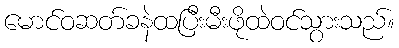
မောင်ဝဆတ်ခနဲထပြီးမီးဖိုထဲဝင်သွားသည်။